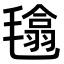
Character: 𣯾